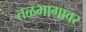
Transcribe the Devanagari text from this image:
तळभागावर